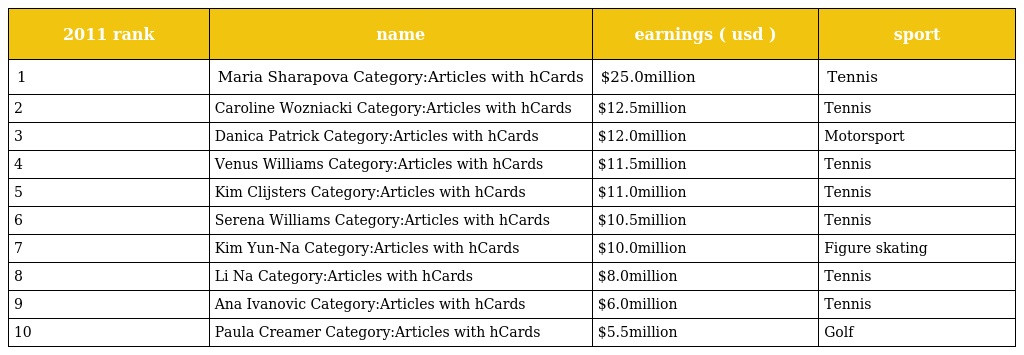
| 2011 rank | name | earnings ( usd ) | sport |
 | --- | --- | --- | --- |
 | 1 | Maria Sharapova Category:Articles with hCards | $25.0million | Tennis |
 | 2 | Caroline Wozniacki Category:Articles with hCards | $12.5million | Tennis |
 | 3 | Danica Patrick Category:Articles with hCards | $12.0million | Motorsport |
 | 4 | Venus Williams Category:Articles with hCards | $11.5million | Tennis |
 | 5 | Kim Clijsters Category:Articles with hCards | $11.0million | Tennis |
 | 6 | Serena Williams Category:Articles with hCards | $10.5million | Tennis |
 | 7 | Kim Yun-Na Category:Articles with hCards | $10.0million | Figure skating |
 | 8 | Li Na Category:Articles with hCards | $8.0million | Tennis |
 | 9 | Ana Ivanovic Category:Articles with hCards | $6.0million | Tennis |
 | 10 | Paula Creamer Category:Articles with hCards | $5.5million | Golf |